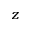
z